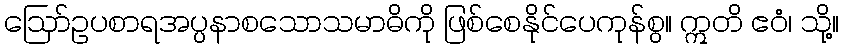
ဩော်ဥပစာရအပ္ပနာစသောသမာဓိကို ဖြစ်စေနိုင်ပေကုန်စွ။ ဣတိ ဧဝံ၊ သို့။